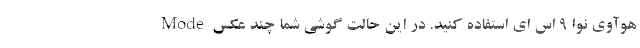
Mode هوآوی نوا 9 اس ای استفاده کنید. در این حالت گوشی شما چند عکس